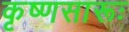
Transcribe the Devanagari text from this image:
कृष्‍णसारूः